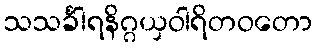
သသင်္ခါရနိဂ္ဂယှဝါရိတဝတော